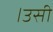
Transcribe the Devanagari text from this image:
।उसी